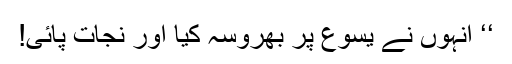
‘‘ اُنہوں نے یسوع پر بھروسہ کیا اور نجات پائی!